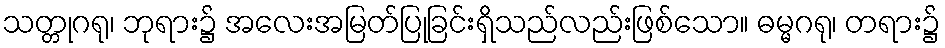
သတ္တုဂရု၊ ဘုရား၌ အလေးအမြတ်ပြုခြင်းရှိသည်လည်းဖြစ်သော။ ဓမ္မဂရု၊ တရား၌